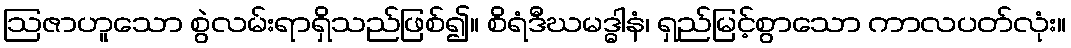
ဩဇာဟူသော စွဲလမ်းရာရှိသည်ဖြစ်၍။ စိရံဒီဃမဒ္ဓါနံ၊ ရှည်မြင့်စွာသော ကာလပတ်လုံး။